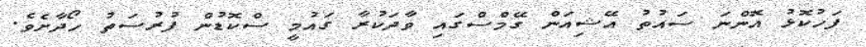
ފަހުކޮޅު އޮންނަ ސައުތު އޭޝިއަން ގޭމްސްގައި ވާދަކުރާ ގައުމީ ސްކޮޑުން ފުރުސަތު ހޯދާށެވެ.